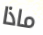
ماذا